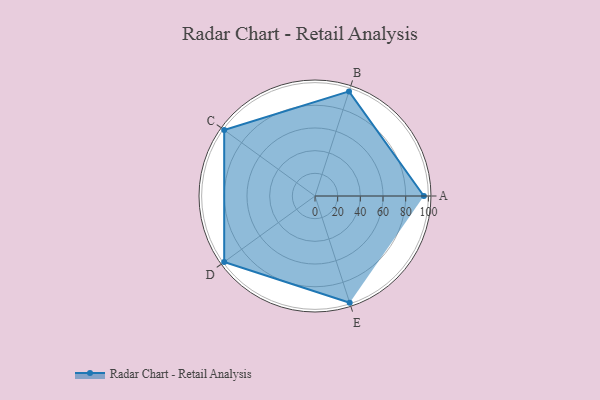
{"axis": {"x": "Skill", "y": "Score"}, "legend": ["Profile"], "data": [{"x": "A", "y": 96.0, "type": "Profile"}, {"x": "B", "y": 97.0, "type": "Profile"}, {"x": "C", "y": 99, "type": "Profile"}, {"x": "D", "y": 99, "type": "Profile"}, {"x": "E", "y": 99, "type": "Profile"}]}